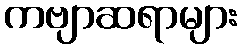
ကဗျာဆရာများ